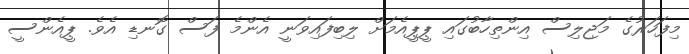
މިފަހަރުގެ މަޖިލިސް އިންތިހާބުގައި ޕީޕީއެމަށް ލިބިފައިވަނީ އެންމެ ފަސް ގޮނޑި އެވެ. ޕީއެންސީ